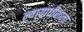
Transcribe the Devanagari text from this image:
न्यायाधीशाला